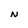
Character: N